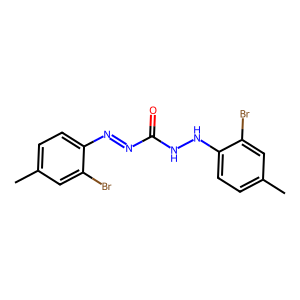
SMILES: Cc1ccc(N=NC(=O)NNc2ccc(C)cc2Br)c(Br)c1
Inhibits HIV replication: No